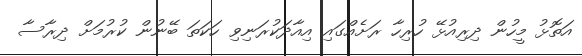
އަތޮޅު މީހުން ދިރިއުޅޭ ހުރިހާ ރަށެއްގައި އިއާދަކުރަނިވި ހަކަތަ ބޭނުން ކުރުމަށް ދިރާސާ